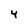
Character: 4